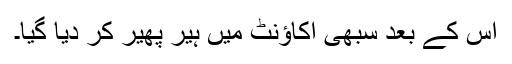
اس کے بعد سبھی اکاؤنٹ میں ہیر پھیر کر دیا گیا۔